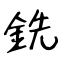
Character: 銑